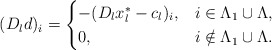
\begin{align*}(D_ld)_i=\begin{cases} -(D_lx_l^*-c_l)_i, & i\in\Lambda_1\cup\Lambda,\\ 0, & i\notin\Lambda_1\cup\Lambda.\end{cases}\end{align*}